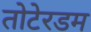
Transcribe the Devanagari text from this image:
तोटेरडम